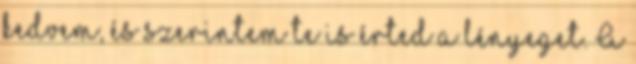
kedvem, és szerintem te is érted a lényeget. A